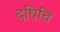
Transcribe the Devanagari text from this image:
दधिचि